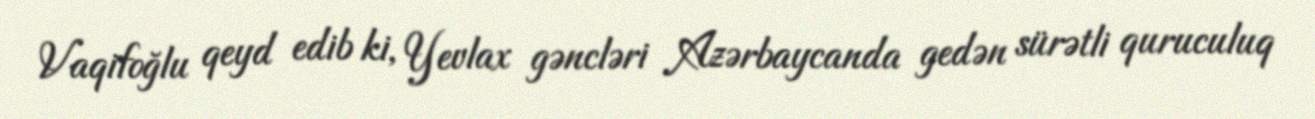
Vaqifoğlu qeyd edib ki, Yevlax gəncləri Azərbaycanda gedən sürətli quruculuq